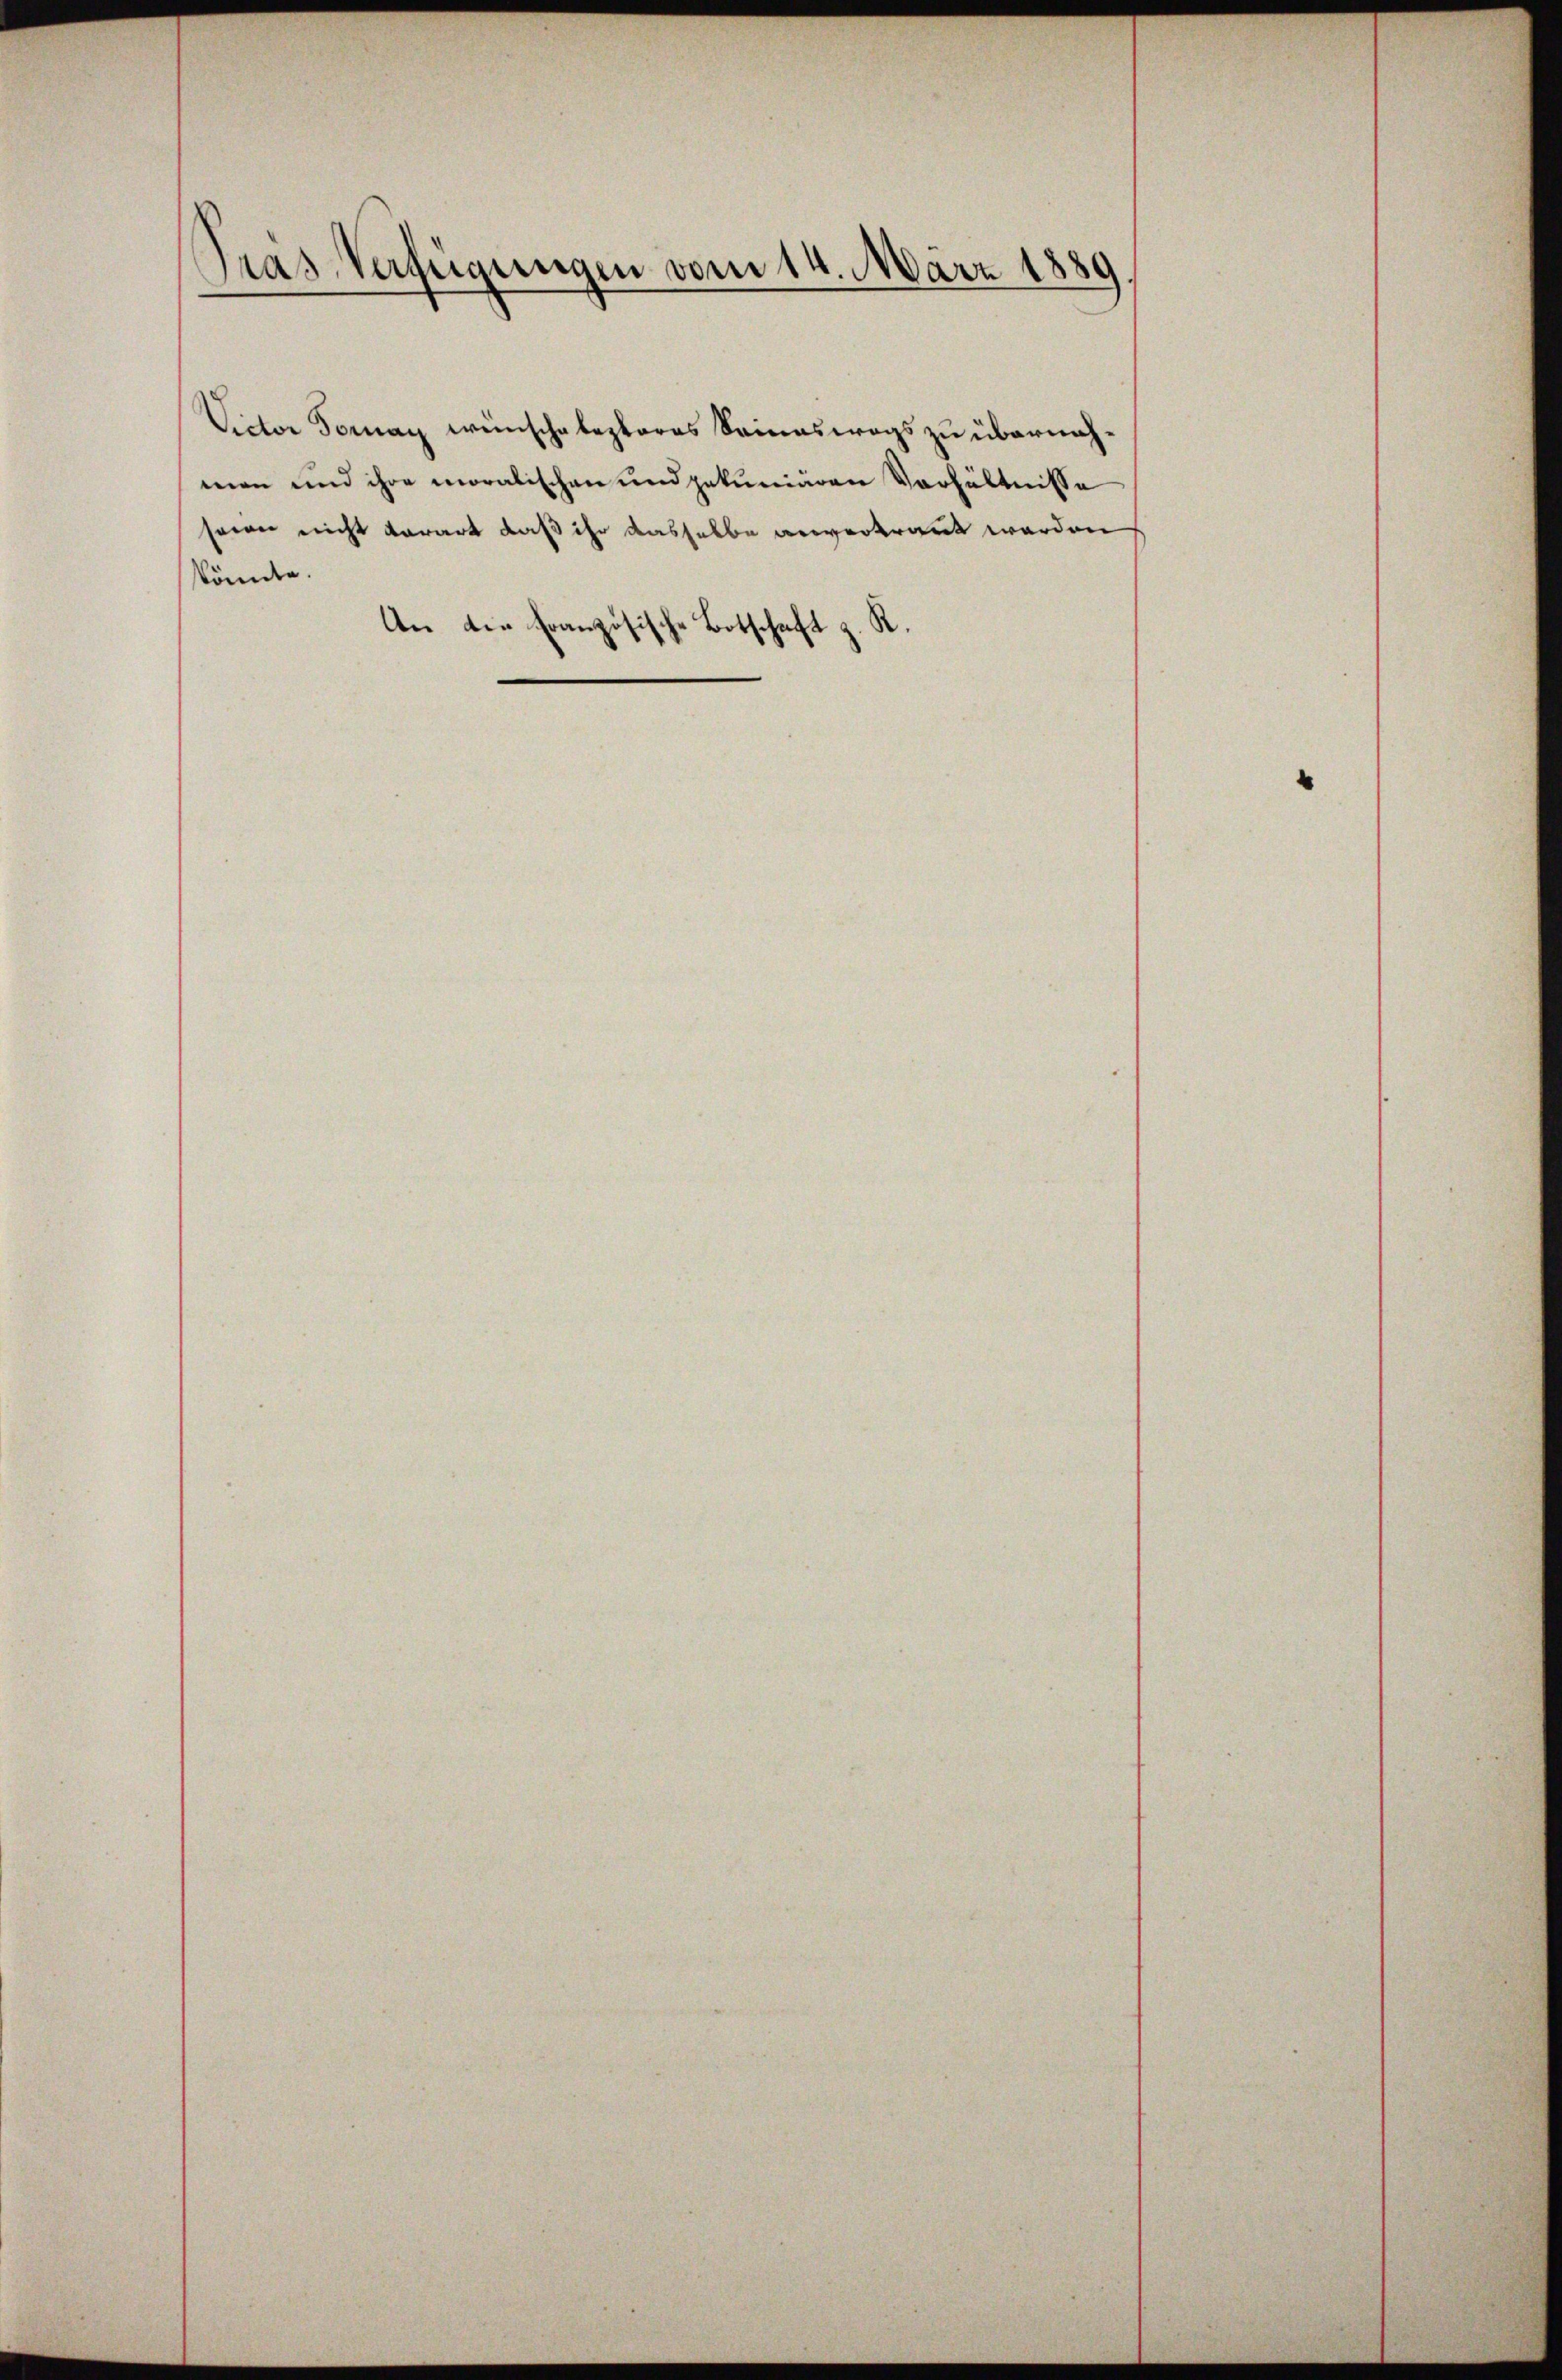
Pras Verfügungen vom 14. März 1889

könnte.
An die Französische Botschaft z. R.

Victor Fornay wünschalezteres Seineswegs zu übernahmen und ihre moralischen und pekuniären Verhältnisse
sein nicht derart daß ihr dasselbe anvertraut werden